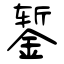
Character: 錾